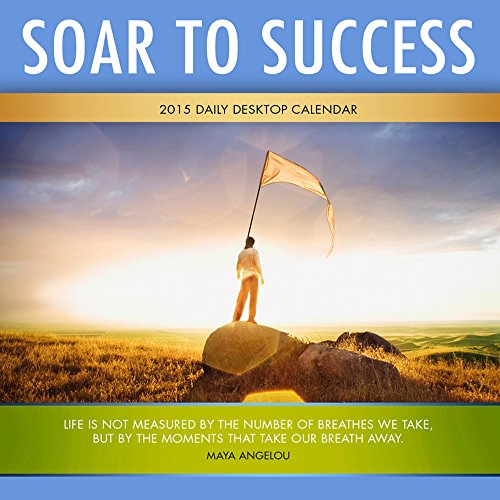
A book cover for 2015 Soar to Success Daily Desktop Calendar; TF PUBLISHING; Calendars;